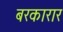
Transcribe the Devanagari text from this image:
बरकारार